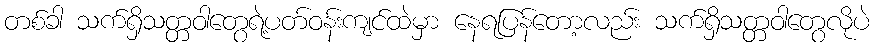
တစ်ခါ သက်ရှိသတ္တဝါတွေရဲ့ပတ်ဝန်းကျင်ထဲမှာ နေရပြန်တော့လည်း သက်ရှိသတ္တဝါတွေလိုပဲ